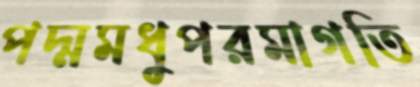
পদ্মমধুপরমাগতি